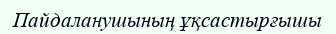
Пайдаланушының ұқсастырғышы